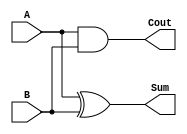
`timescale 1ns / 1ps

module HalfAdd(Cout, Sum, A, B);
input A, B;
output Cout, Sum;

xor x0(Sum, A, B);
and a0(Cout, A, B);

endmodule